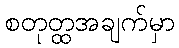
စတုတ္ထအချက်မှာ